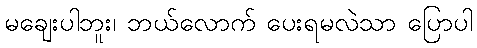
မချေးပါဘူး၊ ဘယ်လောက် ပေးရမလဲသာ ပြောပါ